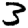
Digit: 3